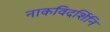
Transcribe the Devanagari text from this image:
नाकविदर्शिनि